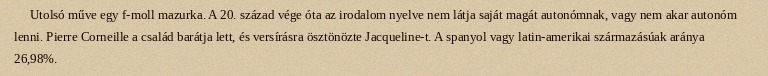
Utolsó műve egy f-moll mazurka. A 20. század vége óta az irodalom nyelve nem látja saját magát autonómnak, vagy nem akar autonóm lenni. Pierre Corneille a család barátja lett, és versírásra ösztönözte Jacqueline-t. A spanyol vagy latin-amerikai származásúak aránya 26,98%.